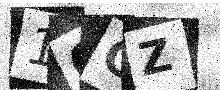
Text: 1CGZ